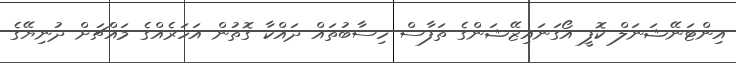
އިންޓަނޭޝަނަލް ކޮފީ އޯގަނައިޒޭޝަންގެ ތަފާސް ހިސާބުތައް ދައްކާ ގޮތުން އަހަރެއްގެ މައްޗަށް ދުނިޔޭގެ